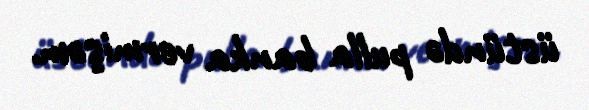
üstündə pulla banka vermişəm.